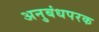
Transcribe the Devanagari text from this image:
अनुबंधपरक